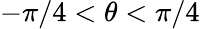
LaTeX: -\pi/4<\theta<\pi/4